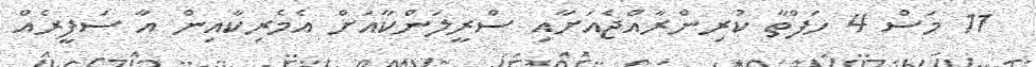
11 މަސް 4 ހަފްތާ ކުރިންރާއްޖެއަށާއި ސްރީލަންކާއަށް އެމެރިކާއިން އާ ސަފީރެއް